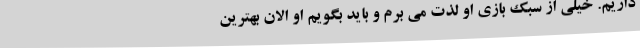
داریم. خیلی از سبک بازی او لذت می برم و باید بگویم او الان بهترین